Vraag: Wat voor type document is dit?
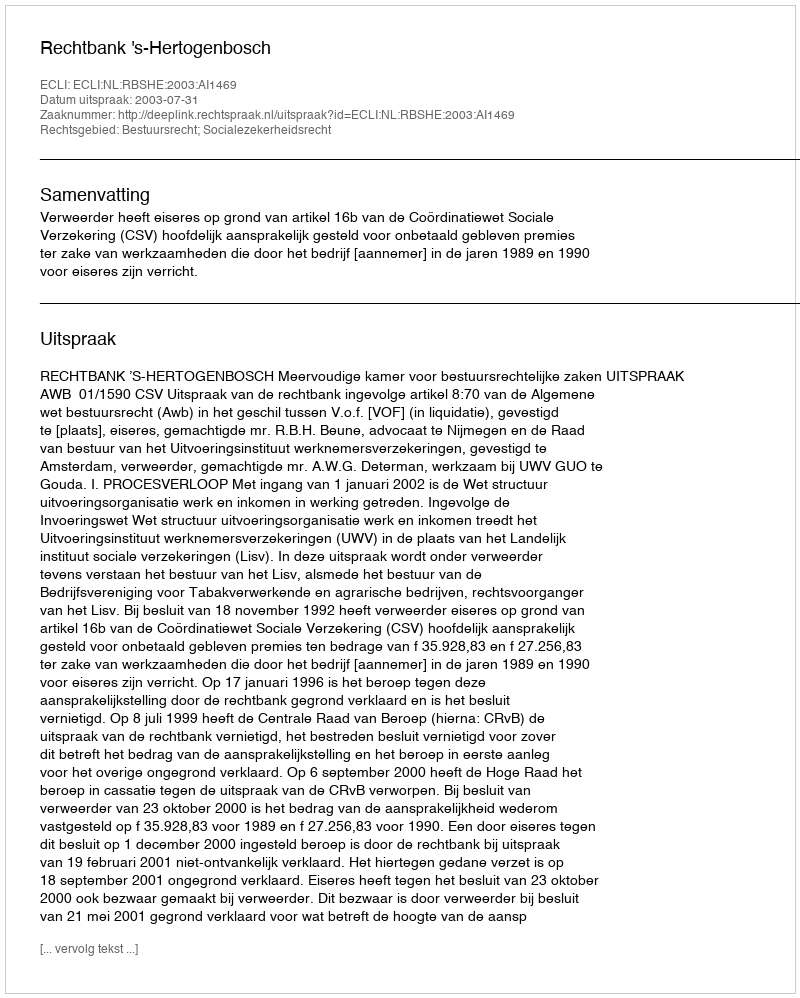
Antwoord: Uitspraak